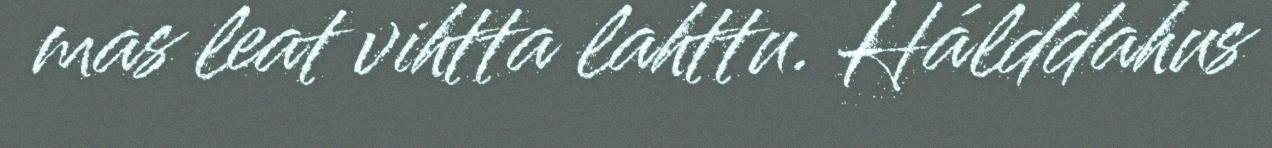
mas leat vihtta lahttu. Hálddahus